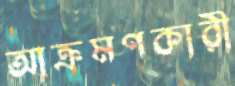
আক্রমণকারী